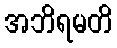
အဘိရမတိ